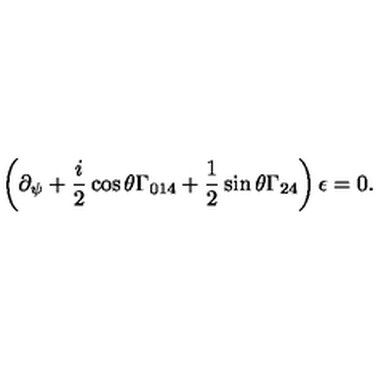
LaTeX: \left( \partial _ { \psi } + \frac { i } { 2 } \cos \theta \Gamma _ { 0 1 4 } + \frac { 1 } { 2 } \sin \theta \Gamma _ { 2 4 } \right) \epsilon = 0 .